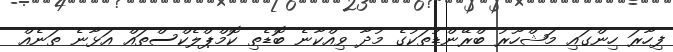
ފިހާރަ ހިންގައި މަޝްހޫރު ބްރޭންޑުތަކުގެ މުދާ ވިއްކާނެ ބޮޑެތި ކޮމްޕްލެކްސްތައް އަޅާނެ ތަނެއް